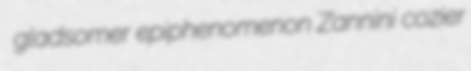
gladsomer epiphenomenon Zannini cozier